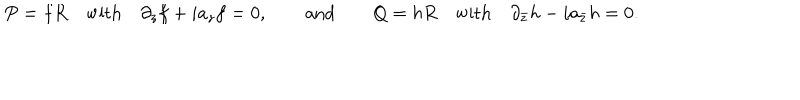
LaTeX: P = f R \quad \mathrm { w i t h } \quad \partial _ { z } f + i a _ { z } f = 0 , \qquad \mathrm { a n d } \qquad Q = h R \quad \mathrm { w i t h } \quad \partial _ { \bar { z } } h - i a _ { \bar { z } } h = 0 .